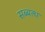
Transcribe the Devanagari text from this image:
सब्बत्थ